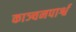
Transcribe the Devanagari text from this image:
काञ्चनपार्श्व